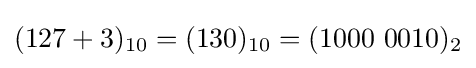
(127+3)_{10}=(130)_{10}=(1000\ 0010)_{2}